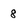
Character: 8